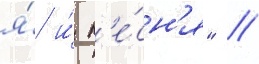
я́ и́ п'е́сн'я" //